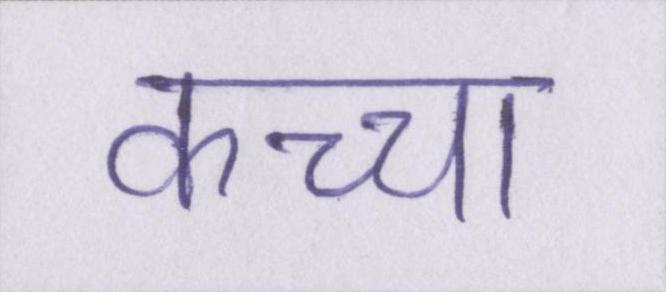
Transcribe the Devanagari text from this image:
कच्चा